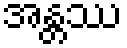
အန္တဿ